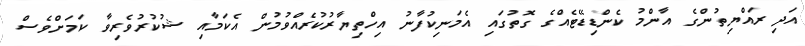
އަދި ރައްޔިތުންގެ އާންމު ކެންޑިޑޭޓެއްގެ ގޮތުގައި އެމަނިކުފާނު އިހްތިޔާރުކުރެއްވުމުން އެކަމާއި ޝުކުރުވެރިވާ ކަމަށްވެސް